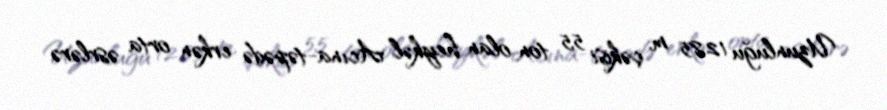
Uzunluğu 12,85 m, çəkisi 5,5 ton olan heykəl Acına-təpədə erkən orta əsrlərə